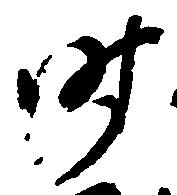
時